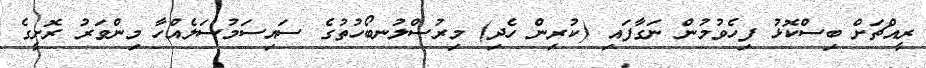
ރީއްޗަށް ބިސްކޮޅު ފިހެވުމުން ނަގާފައި (ކުރިން ހެދި) މިރުސްލުނބޯހުތުގެ ސައިސަމުސަލެއްހާ މިންވަރު ރޮށީގެ